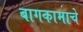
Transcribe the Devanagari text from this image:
बागकामाचे